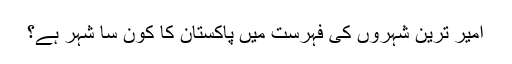
امیر ترین شہروں کی فہرست میں پاکستان کا کون سا شہر ہے؟